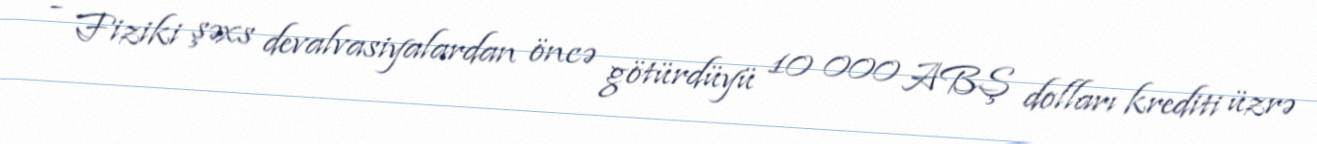
- Fiziki şəxs devalvasiyalardan öncə götürdüyü 10 000 ABŞ dolları krediti üzrə